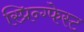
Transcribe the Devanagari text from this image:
स्प्रिन्ग्फेस्ट